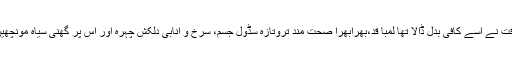
وقت نے اسے کافی بدل ڈالا تھا لمبا قد،بھرابھرا صحت مند تروتازہ سڈول جسم، سرخ و انابی دلکش چہرہ اور اس پر گھنی سیاہ مونچھیں۔